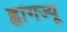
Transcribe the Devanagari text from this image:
ह्वांगज्यू